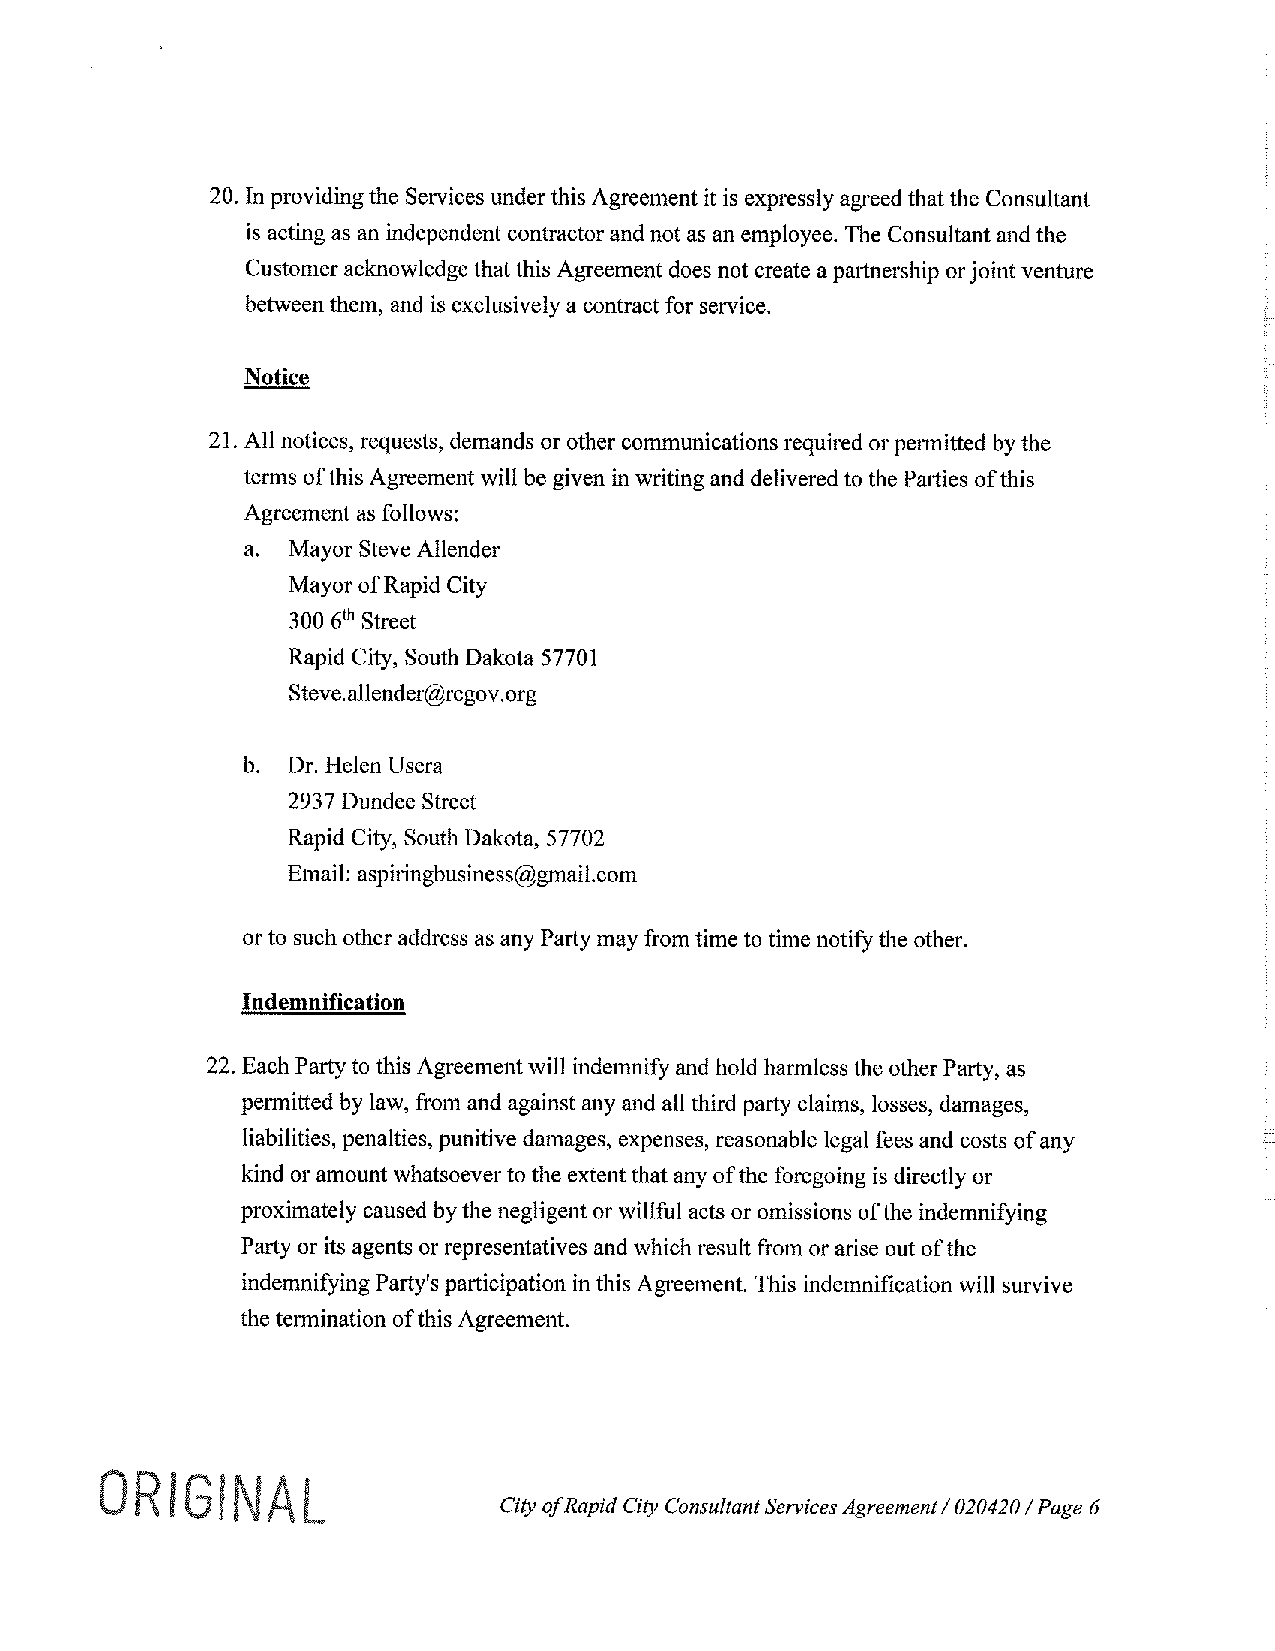
20. In providing the Services under this Agreement it is expressly agreed that the Consultant
 is acting as an independent contractor and not as an employee. The Consultant and the
 Customer acknowledge that this Agreement does not create a partnership or joint venture
 between them, and is exclusively a contract for service.
 Notice
 21. All notices, requests, demands or other communications required or permitted by the
 terms of this Agreement will be given in writing and delivered to the Parties of this
 Agreement as follows:
 a. Mayor Steve Allender
 Mayor of Rapid City
 300 6th Street
 Rapid City, South Dakota 57701
 Steve.allender@rcgov.org
 b. Dr. Helen Usera
 293 7 Dundee Street
 Rapid City, South Dakota, 57702
 Email: aspiringbusiness@gmail.com
 or to such other address as any Party may from time to time notify the other.
 Indemnification
 22. Each Party to this Agreement will indemnify and hold harmless the other Party, as
 permitted by law, from and against any and all third party claims, losses, damages,
 liabilities, penalties, punitive damages, expenses, reasonable legal fees and costs of any
 kind or amount whatsoever to the extent that any of the foregoing is directly or
 proximately caused by the negligent or willful acts or omissions of the indemnifying
 Party or its agents or representatives and which result from or arise out of the
 indemnifying Party's participation in this Agreement. This indemnification will survive
 the termination of this Agreement.
 RI   I
 City ofR apid City Consultant Services Agreement I 020420 I Page 6